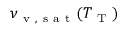
\nu _ { \mathrm { ~ v ~ , ~ s ~ a ~ t ~ } } ( T _ { \mathrm { ~ T ~ } } )